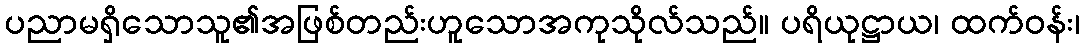
ပညာမရှိသောသူ၏အဖြစ်တည်းဟူသောအကုသိုလ်သည်။ ပရိယုဋ္ဌာယ၊ ထက်ဝန်း၊